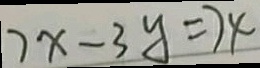
7 x - 3 y = 7 4